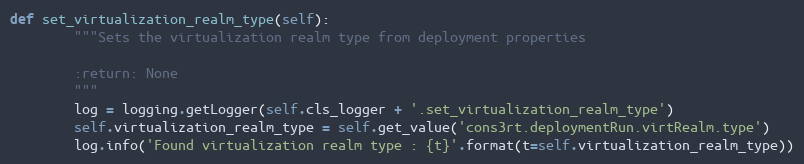
Language: Python
def set_virtualization_realm_type(self):
        """Sets the virtualization realm type from deployment properties

        :return: None
        """
        log = logging.getLogger(self.cls_logger + '.set_virtualization_realm_type')
        self.virtualization_realm_type = self.get_value('cons3rt.deploymentRun.virtRealm.type')
        log.info('Found virtualization realm type : {t}'.format(t=self.virtualization_realm_type))